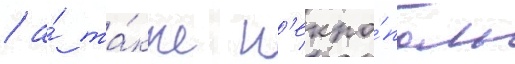
/ а́ та́кже н'екро́поль